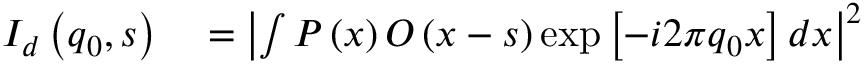
\begin{array} { r l } { I _ { d } \left( \boldsymbol { q } _ { 0 } , \boldsymbol { s } \right) } & { { } = \left| \int P \left( \boldsymbol { x } \right) O \left( \boldsymbol { x } - \boldsymbol { s } \right) \exp \left[ - i 2 \pi \boldsymbol { q } _ { 0 } \boldsymbol { x } \right] d \boldsymbol { x } \right| ^ { 2 } } \end{array}